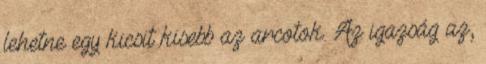
lehetne egy kicsit kisebb az arcotok. Az igazság az,